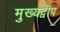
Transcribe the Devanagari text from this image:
मुख्यद्वीप